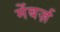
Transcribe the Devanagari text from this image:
मेंबर्ज़